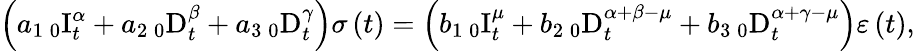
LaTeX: \left(a_{1}\, _{0}\mathrm{I}_{t}^{\alpha}+a_{2}\, _{0}\mathrm{D}_{t}^{\beta}+a_{3}\, _{0}\mathrm{D}_{t}^{\gamma}\right)\sigma\left(t\right)=\left(b_{1}\, _{0}\mathrm{I}_{t}^{\mu}+b_{2}\, _{0}\mathrm{D}_{t}^{\alpha+\beta-\mu}+b_{3}\, _{0}\mathrm{D}_{t}^{\alpha+\gamma-\mu}\right)\varepsilon\left(t\right),